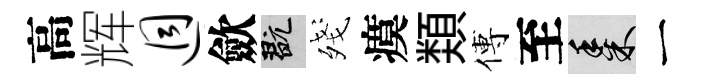
高辉迥歛玩殘瘼𩔖傅至黍一